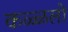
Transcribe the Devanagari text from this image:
कळ्ळलो